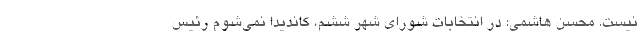
نیست. محسن هاشمی: در انتخابات شورای شهر ششم، کاندیدا نمی‌شوم رئیس